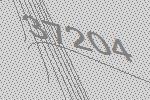
37204